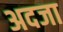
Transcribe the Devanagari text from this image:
अदजा